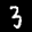
Label: 3